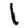
Digit: 1